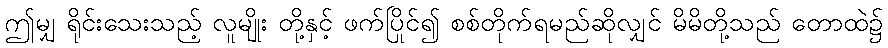
ဤမျှ ရိုင်းသေးသည့် လူမျိုး တို့နှင့် ဖက်ပြိုင်၍ စစ်တိုက်ရမည်ဆိုလျှင် မိမိတို့သည် တောထဲ၌